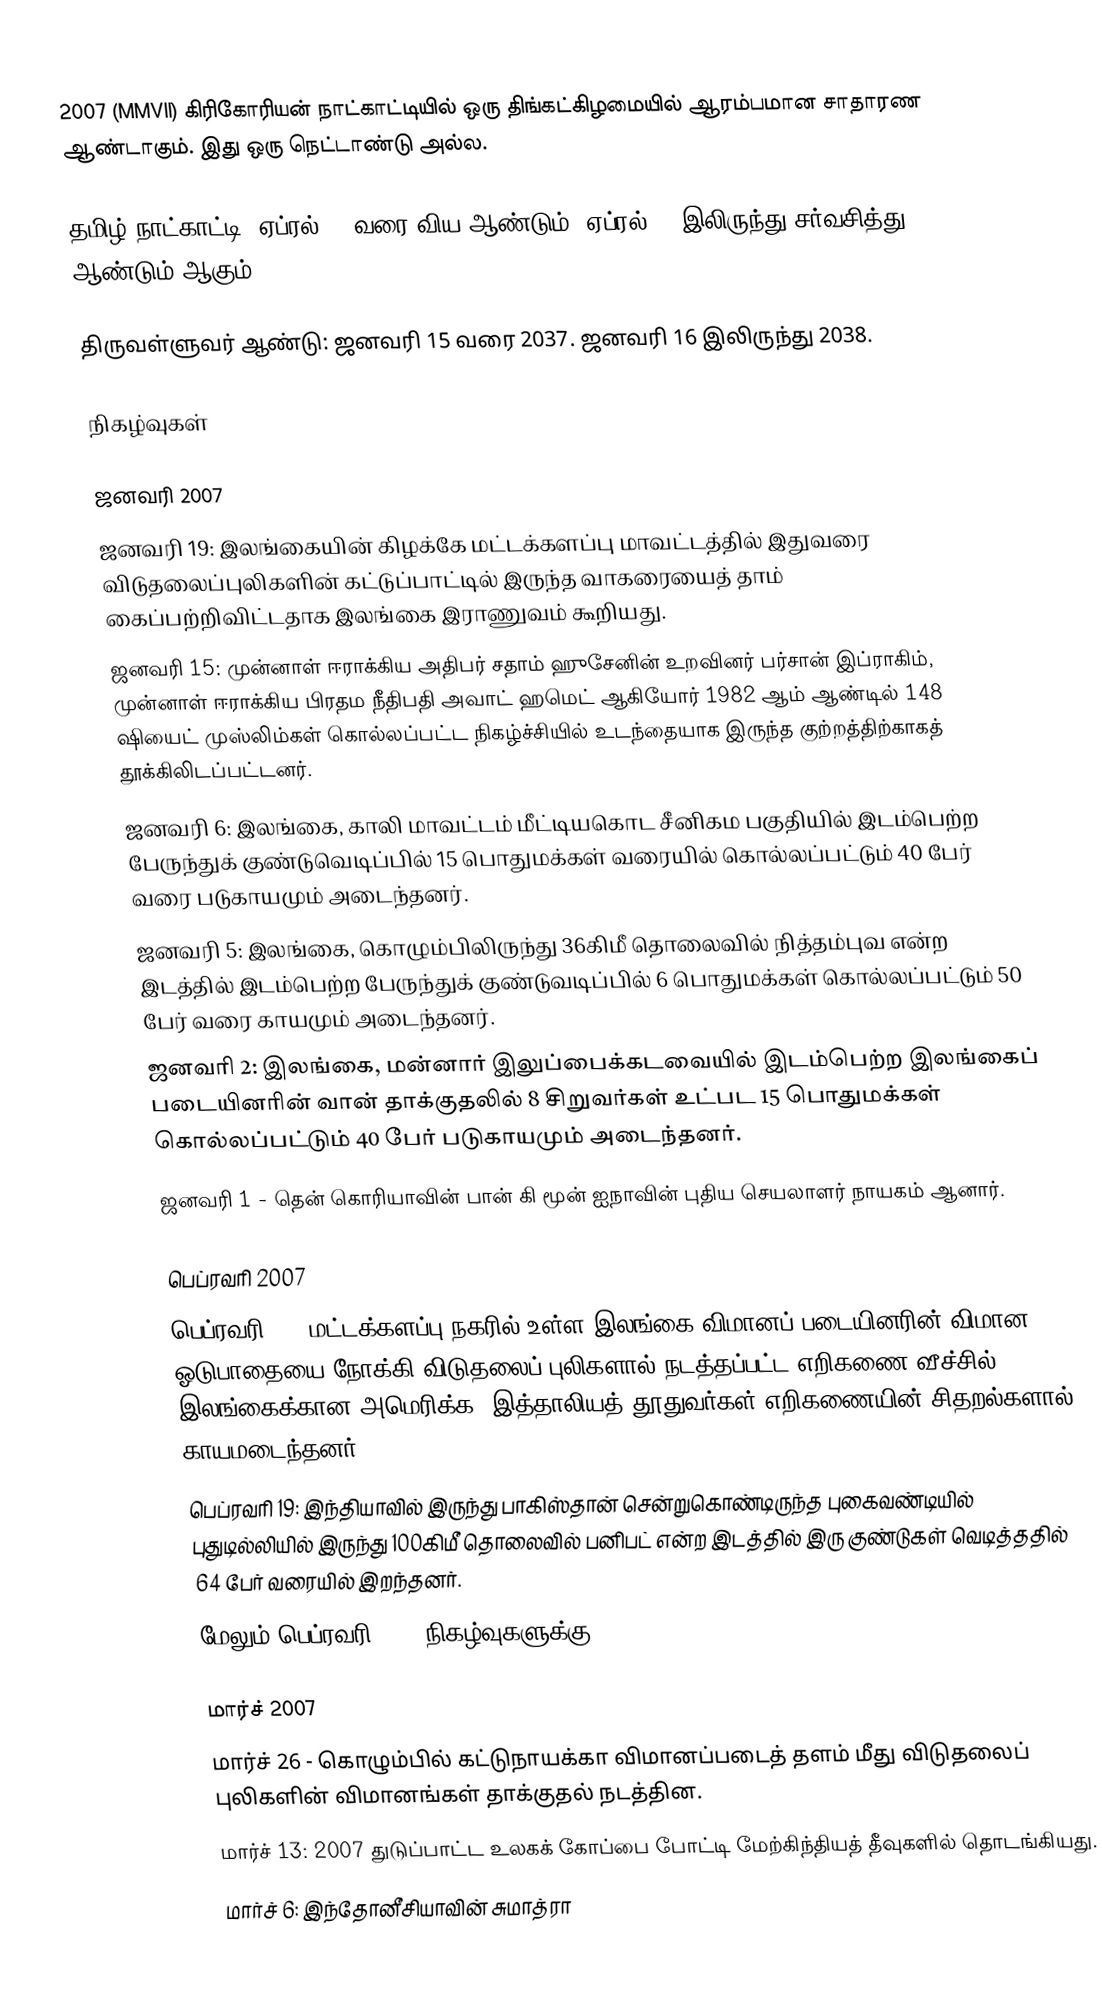
2007 (MMVII) கிரிகோரியன் நாட்காட்டியில் ஒரு திங்கட்கிழமையில் ஆரம்பமான சாதாரண ஆண்டாகும். இது ஒரு நெட்டாண்டு அல்ல.

தமிழ் நாட்காட்டி: ஏப்ரல் 13 வரை விய ஆண்டும். ஏப்ரல் 14 இலிருந்து சர்வசித்து ஆண்டும் ஆகும்.

திருவள்ளுவர் ஆண்டு: ஜனவரி 15 வரை 2037. ஜனவரி 16 இலிருந்து 2038.

நிகழ்வுகள்

ஜனவரி 2007
 ஜனவரி 19: இலங்கையின் கிழக்கே மட்டக்களப்பு மாவட்டத்தில் இதுவரை விடுதலைப்புலிகளின் கட்டுப்பாட்டில் இருந்த வாகரையைத் தாம் கைப்பற்றிவிட்டதாக இலங்கை இராணுவம் கூறியது.
 ஜனவரி 15: முன்னாள் ஈராக்கிய அதிபர் சதாம் ஹுசேனின் உறவினர் பர்சான் இப்ராகிம், முன்னாள் ஈராக்கிய பிரதம நீதிபதி அவாட் ஹமெட் ஆகியோர் 1982 ஆம் ஆண்டில் 148 ஷியைட் முஸ்லிம்கள் கொல்லப்பட்ட நிகழ்ச்சியில் உடந்தையாக இருந்த குற்றத்திற்காகத் தூக்கிலிடப்பட்டனர்.
 ஜனவரி 6: இலங்கை, காலி மாவட்டம் மீட்டியகொட சீனிகம பகுதியில் இடம்பெற்ற பேருந்துக் குண்டுவெடிப்பில் 15 பொதுமக்கள் வரையில் கொல்லப்பட்டும் 40 பேர் வரை படுகாயமும் அடைந்தனர்.
 ஜனவரி 5: இலங்கை, கொழும்பிலிருந்து 36கிமீ தொலைவில் நித்தம்புவ என்ற இடத்தில் இடம்பெற்ற பேருந்துக் குண்டுவடிப்பில் 6 பொதுமக்கள் கொல்லப்பட்டும் 50 பேர் வரை காயமும் அடைந்தனர்.
 ஜனவரி 2: இலங்கை, மன்னார் இலுப்பைக்கடவையில் இடம்பெற்ற இலங்கைப் படையினரின் வான் தாக்குதலில் 8 சிறுவர்கள் உட்பட 15 பொதுமக்கள் கொல்லப்பட்டும் 40 பேர் படுகாயமும் அடைந்தனர்.
 ஜனவரி 1 - தென் கொரியாவின் பான் கி மூன் ஐநாவின் புதிய செயலாளர் நாயகம் ஆனார்.

பெப்ரவரி 2007
 பெப்ரவரி 27: மட்டக்களப்பு நகரில் உள்ள இலங்கை விமானப் படையினரின் விமான ஓடுபாதையை நோக்கி விடுதலைப் புலிகளால் நடத்தப்பட்ட எறிகணை வீச்சில் இலங்கைக்கான அமெரிக்க, இத்தாலியத் தூதுவர்கள் எறிகணையின் சிதறல்களால் காயமடைந்தனர்.
 பெப்ரவரி 19: இந்தியாவில் இருந்து பாகிஸ்தான் சென்றுகொண்டிருந்த புகைவண்டியில் புதுடில்லியில் இருந்து 100கிமீ தொலைவில் பனிபட் என்ற இடத்தில் இரு குண்டுகள் வெடித்ததில் 64 பேர் வரையில் இறந்தனர்.
மேலும் பெப்ரவரி 2007 நிகழ்வுகளுக்கு..

மார்ச் 2007
 மார்ச் 26 - கொழும்பில் கட்டுநாயக்கா விமானப்படைத் தளம் மீது விடுதலைப் புலிகளின் விமானங்கள் தாக்குதல் நடத்தின.
 மார்ச் 13: 2007 துடுப்பாட்ட உலகக் கோப்பை போட்டி மேற்கிந்தியத் தீவுகளில் தொடங்கியது.
 மார்ச் 6: இந்தோனீசியாவின் சுமாத்ரா